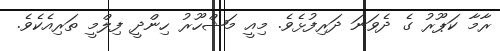
ރާމާ ކަޕޫރު ގެ ދެވަނަ ދަރިފުޅެވެ. މިއީ މަޝްހޫރު ހިންދީ ފިލްމީ ތަރިއެކެވެ.